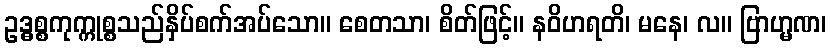
ဥဒ္ဓစ္စကုက္ကုစ္စသည်နှိပ်စက်အပ်သော။ စေတသာ၊ စိတ်ဖြင့်။ နဝိဟရတိ၊ မနေ၊ လ။ ဗြာဟ္မဏ၊